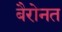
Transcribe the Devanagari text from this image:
बैरोनत